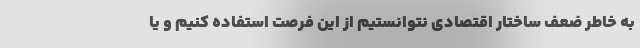
به خاطر ضعف ساختار اقتصادی نتوانستیم از این فرصت استفاده کنیم و یا